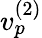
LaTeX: v_{p}^{(2)}